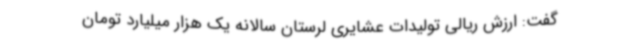
گفت: ارزش ریالی تولیدات عشایری لرستان سالانه یک هزار میلیارد تومان